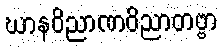
ဃာနဝိညာဏဝိညာတဗ္ဗာ